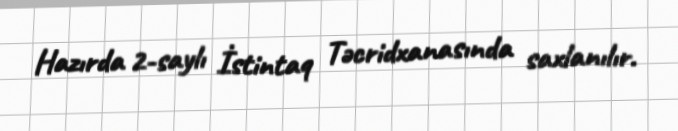
Hazırda 2-saylı İstintaq Təcridxanasında saxlanılır.